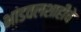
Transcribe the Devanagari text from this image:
भांडवलशाहीचे